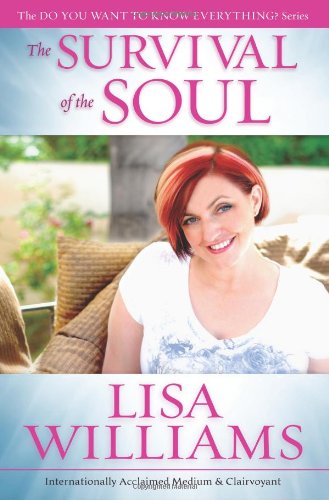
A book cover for The Survival of the Soul (Do You Want to Know Everything?); Lisa Williams; Religion & Spirituality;